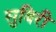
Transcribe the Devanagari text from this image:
सुबिरी